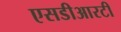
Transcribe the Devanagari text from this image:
एसडीआरटी